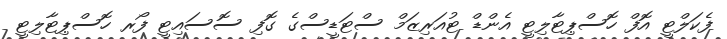
ފެކަލްޓީ އޮފް ހޮސްޕިޓާލިޓީ އެންޑް ޓުއަރިޒަމް ސްޓަޑީސްގެ ގޮފި ސޮސައިޓީ ފޯރ ހޮސްޕިޓާލިޓީ